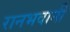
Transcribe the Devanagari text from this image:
रानभवानी